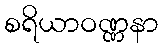
စရိယာဝဏ္ဏနာ